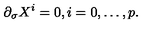
\partial _ { \sigma } X ^ { i } = 0 , i = 0 , \ldots , p .